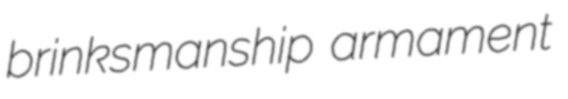
brinksmanship armament